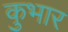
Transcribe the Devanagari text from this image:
कुभार